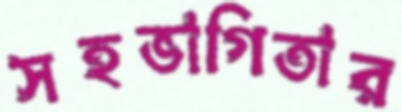
সহভাগিতার